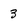
Character: 3